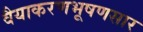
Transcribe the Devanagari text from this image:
वैयाकरणभूषणसार